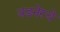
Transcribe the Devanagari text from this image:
वडनेरचे